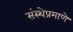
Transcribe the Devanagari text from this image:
संस्थेप्रमाणे